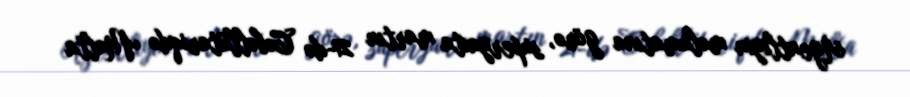
Agentliyin məlumatına görə, superyaxta martın 21-də Cəbəllütariqdə Malta